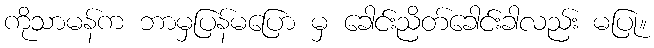
ကိုသာမန်က ဘာမှပြန်မပြော မှ ခေါင်းညိတ်ခေါင်းခါလည်း မပြု။